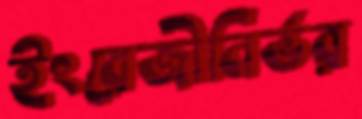
ইংরেজীনির্ভর